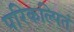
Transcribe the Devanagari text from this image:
परिकल्पितं